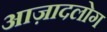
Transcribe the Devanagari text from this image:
आज़ादलोग